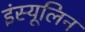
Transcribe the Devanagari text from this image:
इंस्यूलिन